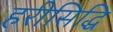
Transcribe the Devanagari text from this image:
हरीसिद्धि